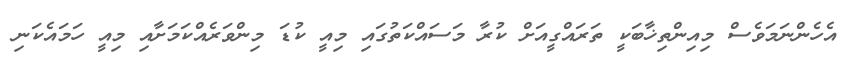
އެހެންނަމަވެސް މިއިންތިޚާބަކީ ތަރައްގީއަށް ކުރާ މަސައްކަތުގައި މިއީ ކުޑަ މިންވަރެއްކަމަށާއި މިއީ ހަމައެކަނި